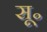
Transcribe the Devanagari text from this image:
सू॰